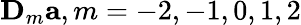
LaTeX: \mathbf D_{m}\mathbf a,m=-2,-1,0,1,2